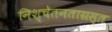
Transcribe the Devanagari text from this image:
निश्चेतनताग्रस्त